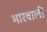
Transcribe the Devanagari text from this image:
भारवाली